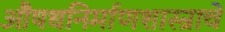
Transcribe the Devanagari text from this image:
औषधनिर्माणशास्त्राचे